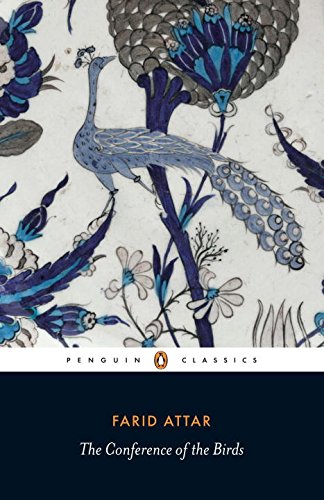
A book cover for The Conference of the Birds (Penguin Classics); Farid ud-Din Attar; Literature & Fiction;